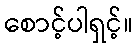
စောင့်ပါရှင့်။